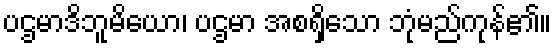
ပဌမာဒိဘူမိယော၊ ပဌမာ အစရှိသော ဘုံမည်ကုန်၏။